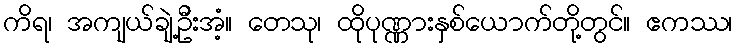
ကိရ၊ အကျယ်ချဲ့ဦးအံ့။ တေသု၊ ထိုပုဏ္ဏားနှစ်ယောက်တို့တွင်။ ဧကဿ၊